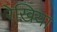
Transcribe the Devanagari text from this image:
रेखिया